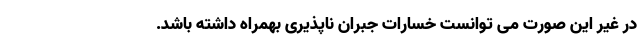
در غیر این صورت می توانست خسارات جبران ناپذیری بهمراه داشته باشد.